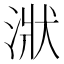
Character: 𣶍